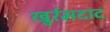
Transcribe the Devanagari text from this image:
खुर्रमदाद